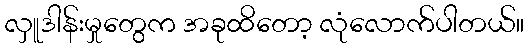
လှူဒါန်းမှုတွေက အခုထိတော့ လုံလောက်ပါတယ်။